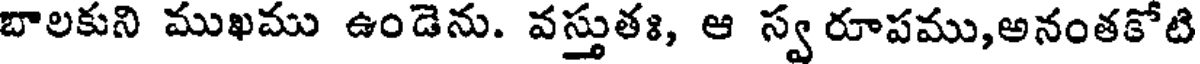
బాలకుని ముఖము ఉండెను. వస్తుతః, ఆ స్వ రూపము,అనంతకోటి